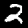
Label: 2